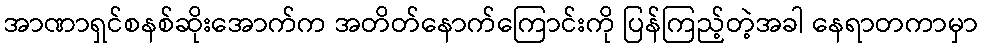
အာဏာရှင်စနစ်ဆိုးအောက်က အတိတ်နောက်ကြောင်းကို ပြန်ကြည့်တဲ့အခါ နေရာတကာမှာ